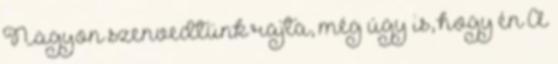
Nagyon szenvedtünk rajta, még úgy is, hogy én A